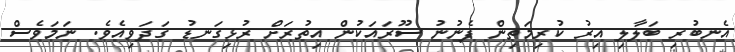
އެނބުރި ބަލާލި އިރު ކުރިމަތިން ފެނުނު ސޫރައަކުން އިތުރަށް ރުޅިގަނޑު ގަދަވިއެވެ. ނަމަވެސް